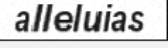
alleluias